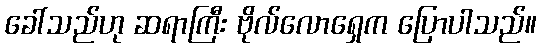
ခေါ်သည်ဟု ဆရာကြီး ဗိုလ်လောရှေက ပြောပါသည်။